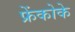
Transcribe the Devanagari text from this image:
फ्रेंकोके